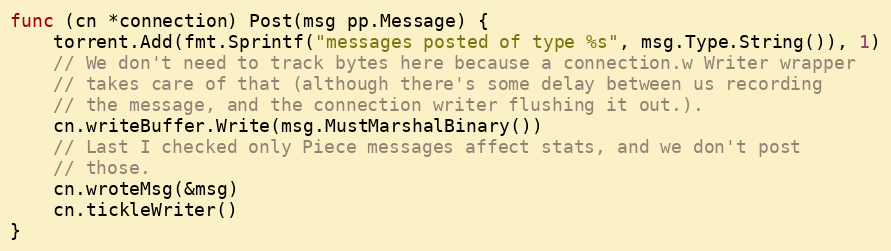
Language: Go
func (cn *connection) Post(msg pp.Message) {
	torrent.Add(fmt.Sprintf("messages posted of type %s", msg.Type.String()), 1)
	// We don't need to track bytes here because a connection.w Writer wrapper
	// takes care of that (although there's some delay between us recording
	// the message, and the connection writer flushing it out.).
	cn.writeBuffer.Write(msg.MustMarshalBinary())
	// Last I checked only Piece messages affect stats, and we don't post
	// those.
	cn.wroteMsg(&msg)
	cn.tickleWriter()
}